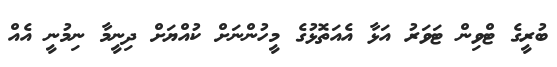
ބުރީގެ ޓްވިން ޓަވަރު އަޅާ އެއަތޮޅުގެ މީހުންނަށް ކުއްޔަށް ދިނީމާ ނިމުނީ އެއް